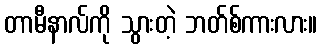
တာမီနာလ်ကို သွားတဲ့ ဘတ်စ်ကားလား။